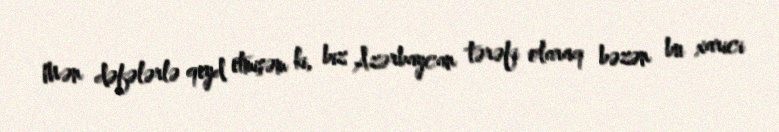
Mən dəfələrlə qeyd etmişəm ki, biz Azərbaycan tərəfi olaraq bəzən bu xarici